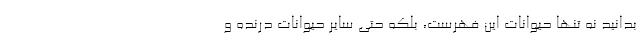
بدانید نه تنها حیوانات این فهرست، بلکه حتّی سایر حیوانات درنده و